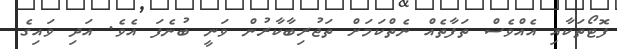
ފޮޓޯތަކާއި އެއްވެސް ތަފާތެއް ނެތްކަމަށް ތަޖުރިބާކާރުން ވަނީ ބުނެފަ އެވެ. އަދި ވައިގެ